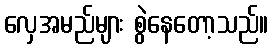
လှေအမည်များ စွဲနေတော့သည်။